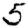
Digit: 5